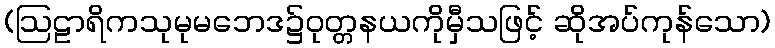
(ဩဠာရိကသုမုမဘေဒ၌ဝုတ္တနယကိုမှီသဖြင့် ဆိုအပ်ကုန်သော)